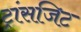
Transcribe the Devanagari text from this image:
ट्रांसजिट